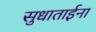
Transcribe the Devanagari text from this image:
सुधाताईना